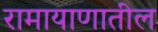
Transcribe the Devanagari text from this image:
रामायाणातील